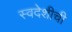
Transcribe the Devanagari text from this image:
स्वदेशीची